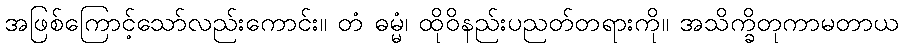
အဖြစ်ကြောင့်သော်လည်းကောင်း။ တံ ဓမ္မံ၊ ထိုဝိနည်းပညတ်တရားကို။ အသိက္ခိတုကာမတာယ